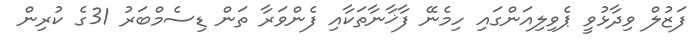
ފަޒުލް ވިދާޅުވީ ޕެވިލިއަންގައި ހިމެނޭ ފާޚާނާތަކާއި ފެންވަރާ ތަން ޑިސެމްބަރު 31ގެ ކުރިން